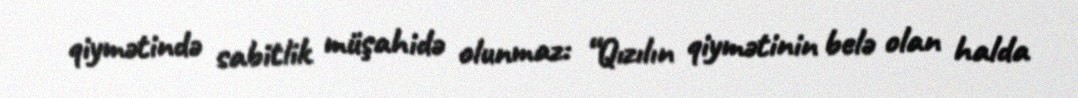
qiymətində sabitlik müşahidə olunmaz: “Qızılın qiymətinin belə olan halda